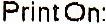
PRINT ON: